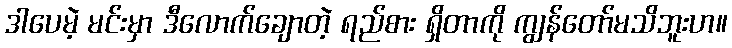
ဒါပေမဲ့ မင်းမှာ ဒီလောက်ချောတဲ့ ရည်စား ရှိတာကို ကျွန်တော်မသိဘူးဟ။